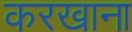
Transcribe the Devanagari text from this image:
करखाना